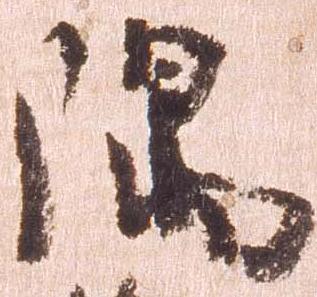
隅